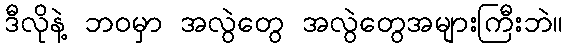
ဒီလိုနဲ့ ဘဝမှာ အလွဲတွေ အလွဲတွေအများကြီးဘဲ။